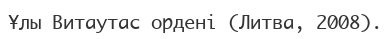
Ұлы Витаутас ордені (Литва, 2008).